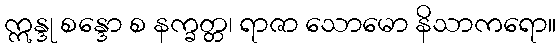
ဣန္ဒု စန္ဒော စ နက္ခတ္တ၊ ရာဇာ သောမော နိသာကရော။